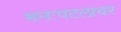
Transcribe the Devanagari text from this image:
मनःपटलावर